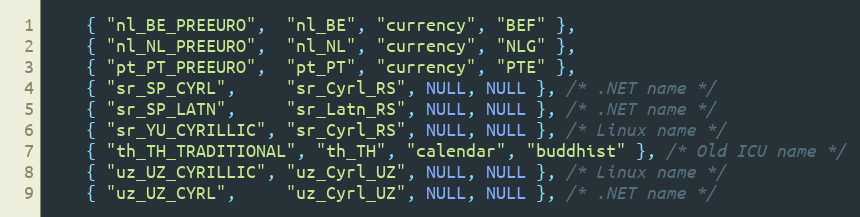
Language: C++
    { "nl_BE_PREEURO",  "nl_BE", "currency", "BEF" },
    { "nl_NL_PREEURO",  "nl_NL", "currency", "NLG" },
    { "pt_PT_PREEURO",  "pt_PT", "currency", "PTE" },
    { "sr_SP_CYRL",     "sr_Cyrl_RS", NULL, NULL }, /* .NET name */
    { "sr_SP_LATN",     "sr_Latn_RS", NULL, NULL }, /* .NET name */
    { "sr_YU_CYRILLIC", "sr_Cyrl_RS", NULL, NULL }, /* Linux name */
    { "th_TH_TRADITIONAL", "th_TH", "calendar", "buddhist" }, /* Old ICU name */
    { "uz_UZ_CYRILLIC", "uz_Cyrl_UZ", NULL, NULL }, /* Linux name */
    { "uz_UZ_CYRL",     "uz_Cyrl_UZ", NULL, NULL }, /* .NET name */